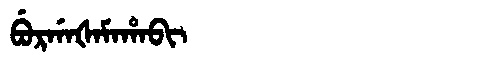
Manchu: ᠪᡠᡵᡤᠠᡧᠠᠮᠠᡥᠠᠪᡳ
Romanization: BURGAŠAMAHABI